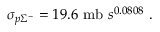
\sigma _ { p \Sigma ^ { - } } = 1 9 . 6 ~ \mathrm { { m b } } ~ s ^ { 0 . 0 8 0 8 } ~ .